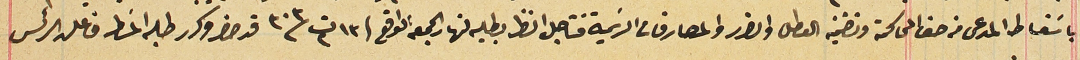
باسَقاط المدعى من حق المحاكمة وتضمينه العطل والضرر والمصارفات الرسَمية فتاجل النظر بطلبه لنهار الجمعة الواقع فى ١٣ ت٢ سنة ٣٠٣ قد حضر وكرر طلبه المسَطر فاعلن الرئس